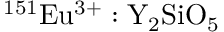
\mathrm { ^ { 1 5 1 } E u ^ { 3 + } : Y _ { 2 } S i O _ { 5 } }